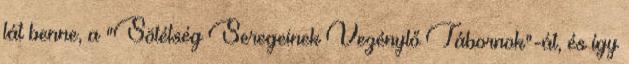
lát benne, a "Sötétség Seregeinek Vezénylő Tábornok"-át, és így